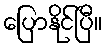
ပြောနိုင်ပြီ။